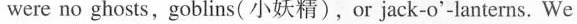
were no ghosts, goblins( 小妖精),or jack-o'-lanterns. We